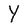
Character: Y